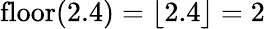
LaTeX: \operatorname{floor}(2.4)=\lfloor 2.4\rfloor=2